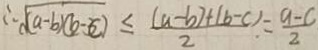
\therefore \sqrt { ( a - b ) ( b - c ) } \leq \frac { ( a - b ) + ( b - c ) } { 2 } = \frac { a - c } { 2 }